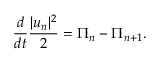
\frac { d } { d t } \frac { | u _ { n } | ^ { 2 } } { 2 } = \Pi _ { n } - \Pi _ { n + 1 } .